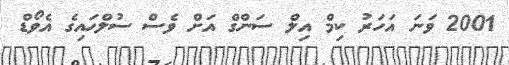
2001 ވަނަ އަހަރު ކިމް އިލް ސަންގް އަށް ވެސް ސުލްހައިގެ އެވޯޑް